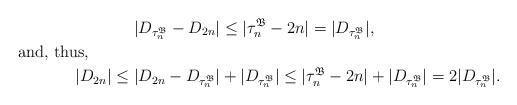
LaTeX: \begin{align*} |D_{\tau_n^\mathfrak{B}}-D_{2n}|&\le |\tau_n^{\mathfrak{B}}-2n|=|D_{\tau_n^{\mathfrak{B}}}|, \shortintertext{and, thus,} |D_{2n}|\le |D_{2n}-D_{\tau_n^\mathfrak{B}}|&+|D_{\tau_n^\mathfrak{B}}|\le |\tau_n^{\mathfrak{B}}-2n|+|D_{\tau_n^\mathfrak{B}}|=2|D_{\tau_n^\mathfrak{B}}|. \end{align*}